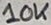
Text: 10K